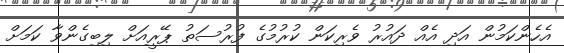
އެހެންކަމުން އަދި އެއް ދައުރު ވެރިކަން ކުރުމުގެ ފުރުސަތު ޕޭރީއަށް ލިބިގެންވާ ކަމަށް